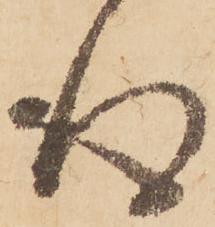
得